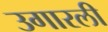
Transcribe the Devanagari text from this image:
उगारली